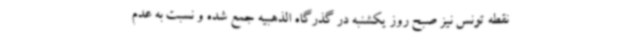
نقطه تونس نیز صبح روز یکشنبه در گذرگاه الذهبیه جمع شده و نسبت به عدم